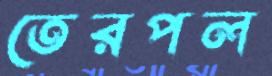
তেরপল